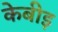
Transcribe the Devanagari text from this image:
केबीइ